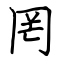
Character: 罔